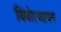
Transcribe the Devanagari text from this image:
बिंबोत्थापन